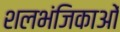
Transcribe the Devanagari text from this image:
शलभंजिकाओं